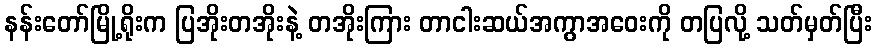
နန်းတော်မြို့ရိုးက ပြအိုးတအိုးနဲ့ တအိုးကြား တာငါးဆယ်အကွာအဝေးကို တပြလို့ သတ်မှတ်ပြီး